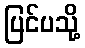
ပြင်ပသို့